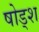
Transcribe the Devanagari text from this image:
षोड्श